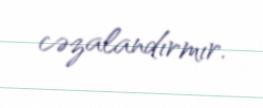
cəzalandırmır.